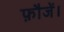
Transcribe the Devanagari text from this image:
फ़ौजें।